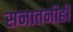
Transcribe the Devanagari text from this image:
सनातनीही